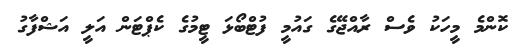
ކޮންމެ މީހަކު ވެސް ރާއްޖޭގެ ގައުމީ ފުޓްބޯޅަ ޓީމުގެ ކެޕްޓަން އަލީ އަޝްފާގު